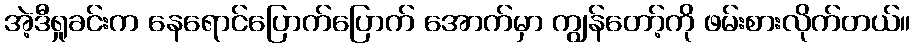
အဲ့ဒီရှုခင်းက နေရောင်ပြောက်ပြောက် အောက်မှာ ကျွန်တော့်ကို ဖမ်းစားလိုက်တယ်။